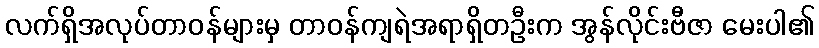
လက်ရှိအလုပ်တာဝန်များမှ တာဝန်ကျရဲအရာရှိတဦးက အွန်လိုင်းဗီဇာ မေးပါ၏